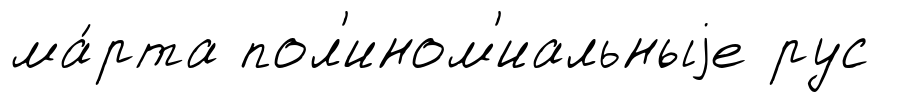
ма́рта пол'ином'иальныjе рус